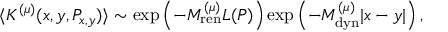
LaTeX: \langle K ^ { ( \mu ) } ( x , y , P _ { x , y } ) \rangle \sim \exp \left( - M _ { \mathrm { r e n } } ^ { ( \mu ) } L ( P ) \right) \exp \left( - M _ { \mathrm { d y n } } ^ { ( \mu ) } | x - y | \right) ,